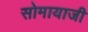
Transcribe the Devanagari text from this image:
सोमायाजी